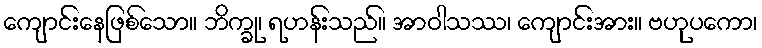
ကျောင်းနေဖြစ်သော။ ဘိက္ခု၊ ရဟန်းသည်။ အာဝါသဿ၊ ကျောင်းအား။ ဗဟုပကော၊